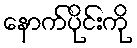
နောက်ပိုင်းကို